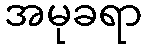
အမုခရာ